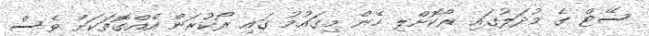
ސޭޓް ގެ މުދަލުގައި ރޯކޮށްލި ހެން މިގައުމު ގައި ރޯކުރަން އެއްގޮތަކަށް ވެސް